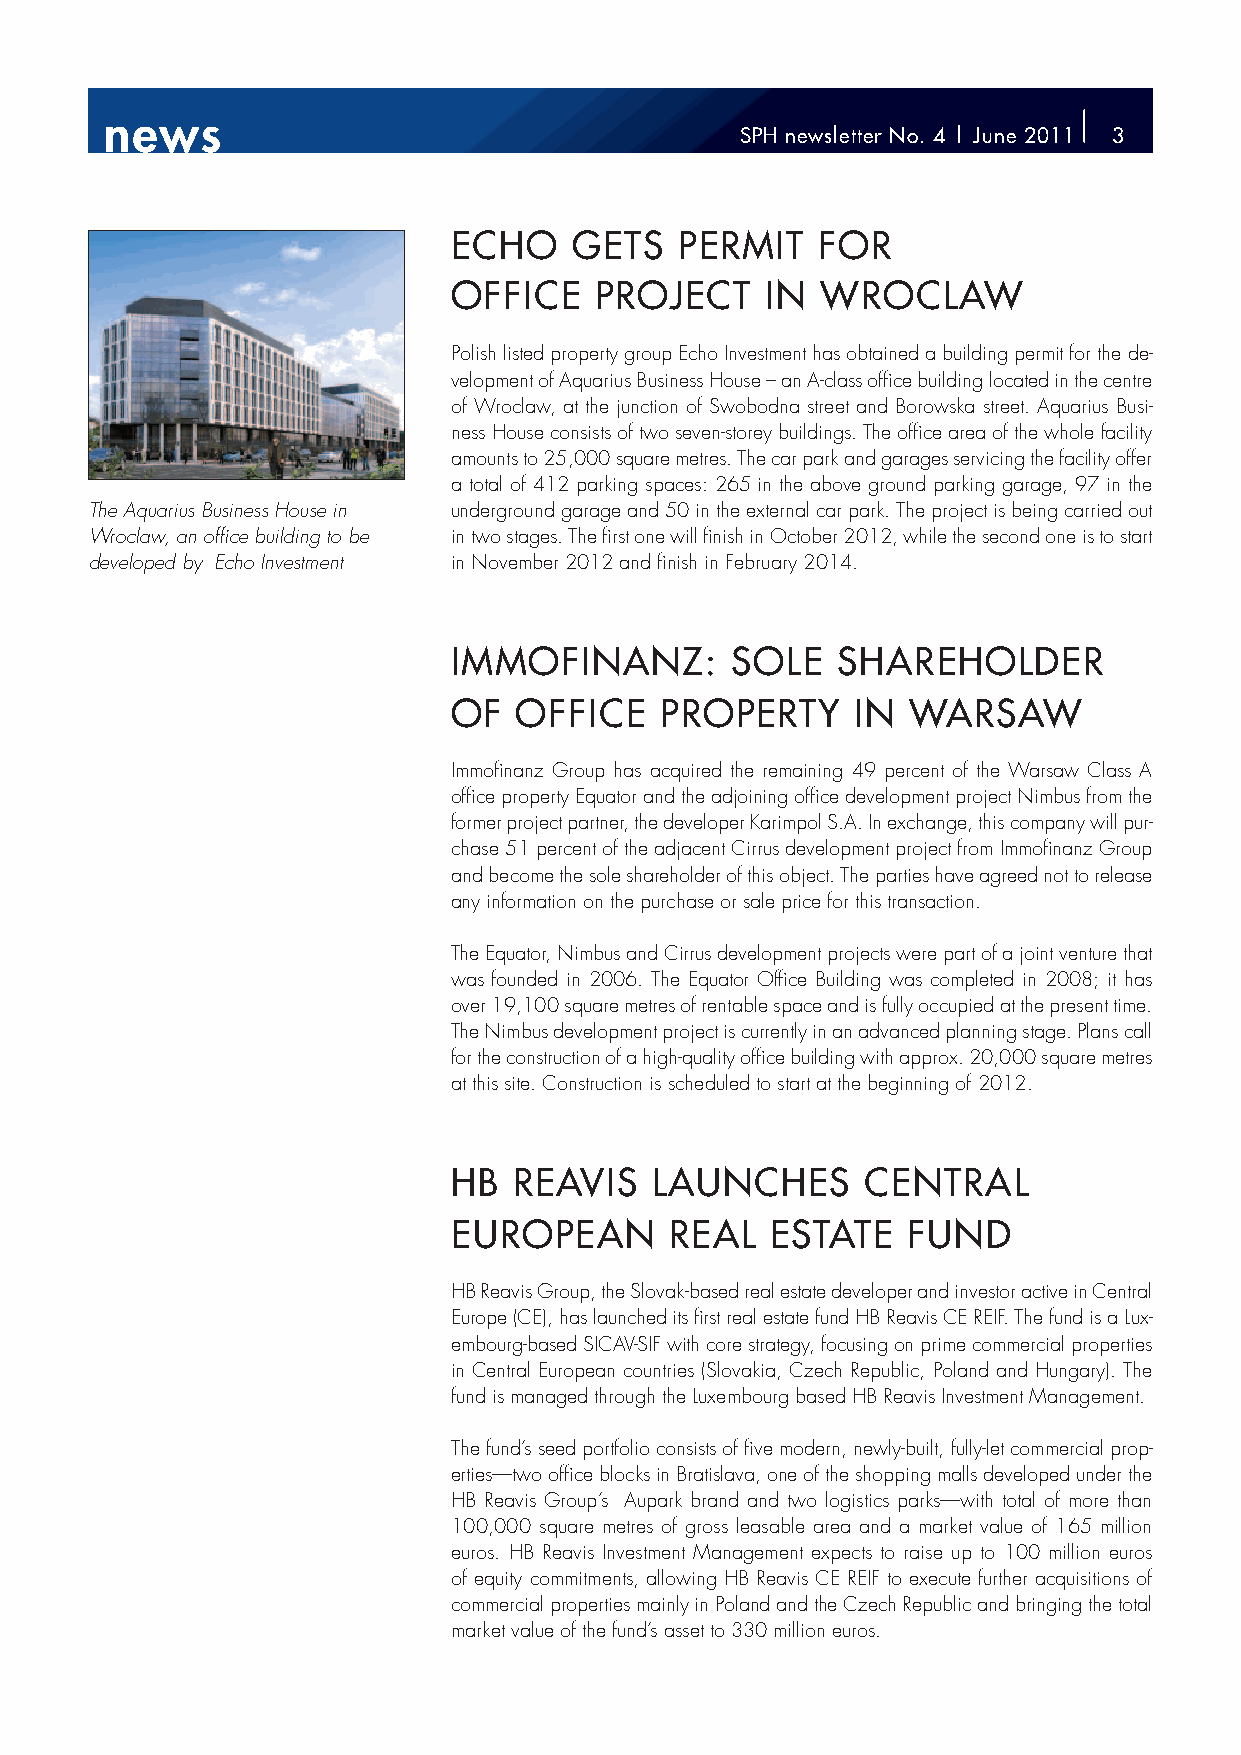
nneewwss
 SSPPHH nneewwsslleetttteerr NNro.X. 4| |M Jounnaet 22001111 33
 ECHO    GETS   PERMIT   FOR
 OFFICE   PROJECT     IN WROCLAW
 Polish listed property group Echo Investment has obtained a building permit for the de-
 velopment of Aquarius Business House – an A-class offi ce building located in the centre
 of Wroclaw, at the junction of Swobodna street and Borowska street. Aquarius Busi-
 ness House consists of two seven-storey buildings. The offi ce area of the whole f acility
 amounts to 25,000 square metres. The car park and garages servicing the facility offer
 a total of 412 parking spaces: 265 in the above ground parking garage, 97 in the
 The Aquarius Business House in underground garage and 50 in the external car park. The project is being carried out
 Wroclaw, an offi ce building to be in two stages. The fi rst one will fi nish in October 2012, while the second one is to start
 developed by Echo Investment in November 2012 and fi nish in February 2014.
 IMMOFINANZ:       SOLE   SHAREHOLDER
 OF  OFFICE    PROPERTY     IN WARSAW
 Immofi nanz Group has acquired the remaining 49 percent of the Warsaw Class A
 offi ce property Equator and the adjoining offi ce development project Nimbus from the
 former project partner, the developer Karimpol S.A. In exchange, this company will pur-
 chase 51 percent of the adjacent Cirrus development project from Immofi nanz Group
 and become the sole shareholder of this object. The parties have agreed not to release
 any information on the purchase or sale price for this transaction.
 The Equator, Nimbus and Cirrus development projects were part of a joint venture that
 was founded in 2006. The Equator Offi ce Building was completed in 2008; it has
 over 19,100 square metres of rentable space and is fully occupied at the present time.
 The Nimbus development project is currently in an advanced planning stage. Plans call
 for the construction of a high-quality offi ce building with approx. 20,000 square metres
 at this site. Construction is scheduled to start at the beginning of 2012.
 HB  REAVIS   LAUNCHES      CENTRAL
 EUROPEAN      REAL   ESTATE   FUND
 HB Reavis Group, the Slovak-based real estate developer and investor active in Central
 Europe (CE), has launched its fi rst real estate fund HB Reavis CE REIF. The fund is a Lux-
 embourg-based SICAV-SIF with core strategy, focusing on prime commercial properties
 in Central European countries (Slovakia, Czech Republic, Poland and Hungary). The
 fund is managed through the Luxembourg based HB Reavis Investment Management.
 The fund’s seed portfolio consists of fi ve modern, newly-built, fully-let commercial prop-
 erties—two offi ce blocks in Bratislava, one of the shopping malls developed under the
 HB Reavis Group’s Aupark brand and two logistics parks—with total of more than
 100,000 square metres of gross leasable area and a market value of 165 million
 euros. HB Reavis Investment Management expects to raise up to 100 million euros
 of equity commitments, allowing HB Reavis CE REIF to execute further acquisitions of
 commercial properties mainly in Poland and the Czech Republic and bringing the total
 market value of the fund’s asset to 330 million euros.